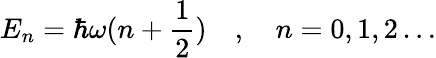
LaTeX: E_{n}=\hbar\omega(n+{\frac{1}{2}})\quad,\quad n=0,1,2\ldots